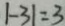
\vert - 3 \vert = 3